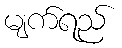
မျက်ရည်